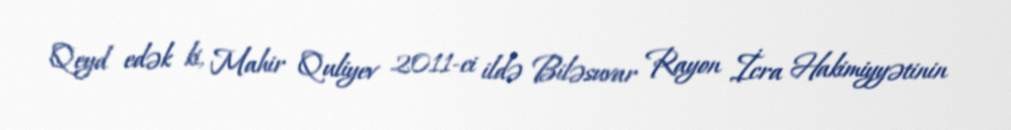
Qeyd edək ki, Mahir Quliyev 2011-ci ildə Biləsuvar Rayon İcra Hakimiyyətinin